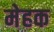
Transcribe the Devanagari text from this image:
मेहक